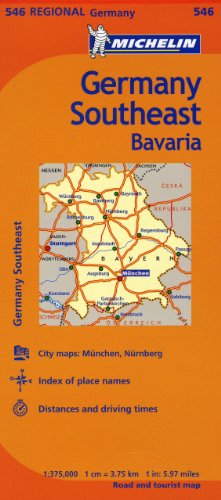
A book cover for Michelin Germany Southeast Map 546 (Maps/Regional (Michelin)); Michelin; Travel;